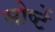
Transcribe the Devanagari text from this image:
सोष्टें